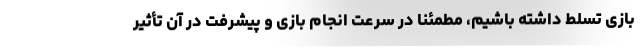
بازی تسلط داشته باشیم، مطمئناً در سرعت انجام بازی و پیشرفت در آن تأثیر